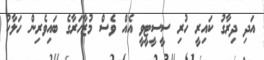
އަދި ދިރާގު ކައިރީ ހުރި ސީސީޓީވީ އެއް ވެސް މުޒާހަރާގެ ބައިވެރިން ހަލާކު